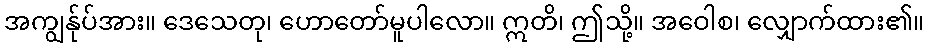
အကျွန်ုပ်အား။ ဒေသေတု၊ ဟောတော်မူပါလော။ ဣတိ၊ ဤသို့။ အဝေါစ၊ လျှောက်ထား၏။